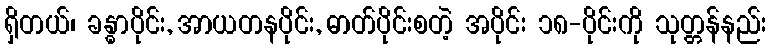
ရှိတယ်၊ ခန္ဓာပိုင်း, အာယတနပိုင်း, ဓာတ်ပိုင်းစတဲ့ အပိုင်း ၁၈-ပိုင်းကို သုတ္တန်နည်း